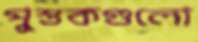
পুস্তকগুলো